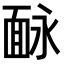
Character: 𩈗